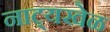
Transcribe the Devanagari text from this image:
नाट्यखेळ